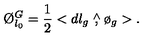
\O _ { l _ { 0 } } ^ { G } = \frac { 1 } { 2 } < d l _ { g } \stackrel { \wedge } { , } \o _ { g } > .